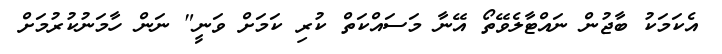
އެކަމަކު ބާޖުން ނައްޓާލެވޭތޯ އޭނާ މަސައްކަތް ކުރި ކަމަށް ވަނީ" ނަން ހާމަނުކުރުމަށް